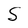
Character: S